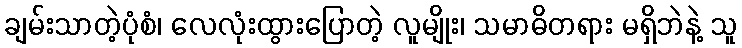
ချမ်းသာတဲ့ပုံစံ၊ လေလုံးထွားပြောတဲ့ လူမျိုး၊ သမာဓိတရား မရှိဘဲနဲ့ သူ